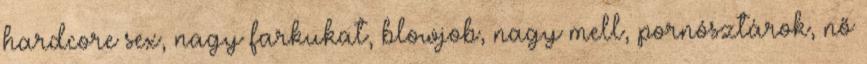
hardcore sex, nagy farkukat, blowjob, nagy mell, pornósztárok, nő